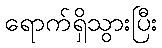
ရောက်ရှိသွားပြီး